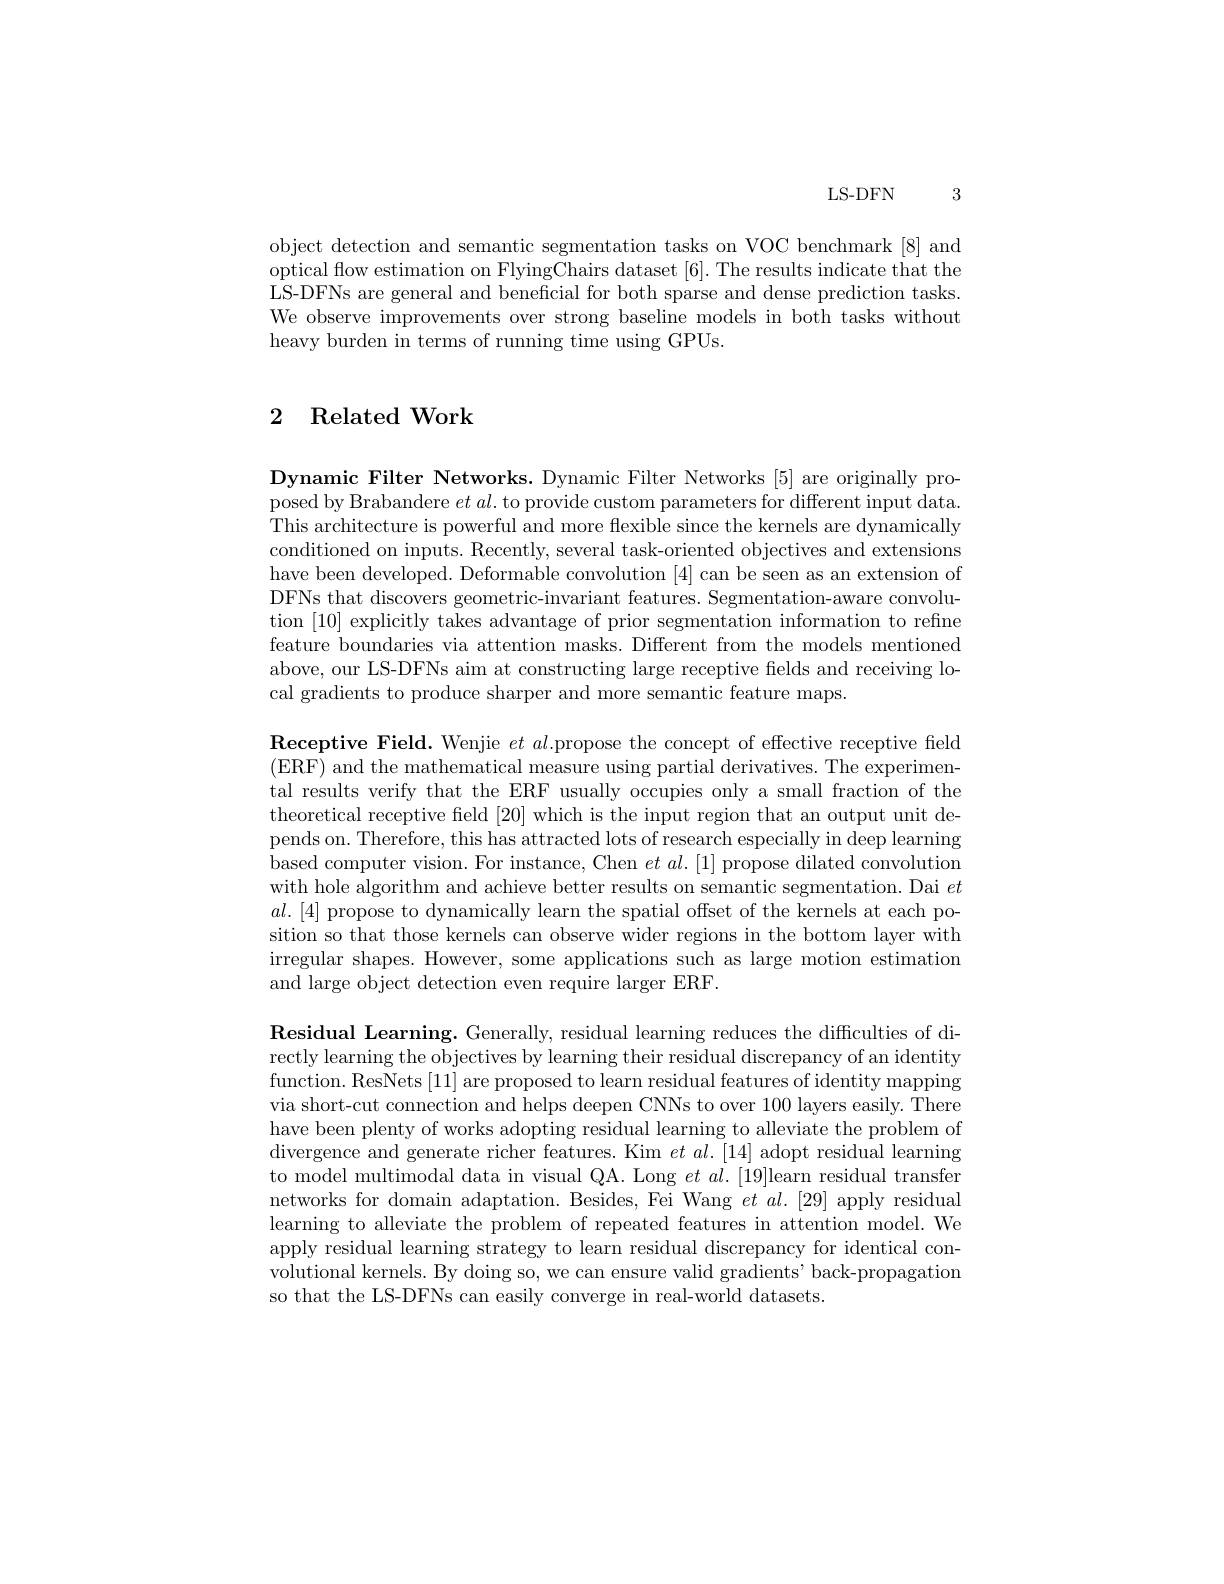
LS- DFN

3

object detection and semantic segmentation tasks on VOC benchmark [8] and optical flow estimation on FlyingChairs dataset [6]. The results indicate that the LS-DFNs are general and beneficial for both sparse and dense prediction tasks. We observe improvements over strong baseline models in both tasks without heavy burden in terms of running time using GPUs.

## 2 Related Work

Dynamic Filter Networks. Dynamic Filter Networks [5] are originally proposed by Brabandere $et\textit{al. to provide custom parameters for different input data. }$ This architecture is powerful and more flexible since the kernels are dynamically conditioned on inputs. Recently, several task-oriented objectives and extensions have been developed. Deformable convolution [4] can be seen as an extension of DFNs that discovers geometric-invariant features. Segmentation-aware convolution [10] explicitly takes advantage of prior segmentation information to refine feature boundaries via attention masks. Different from the models mentioned above, our LS-DFNs aim at constructing large receptive fields and receiving local gradients to produce sharper and more semantic feature maps.

Receptive Field. Wenjie $et\textit{al. propose the concept of effective receptive field}$ (ERF) and the mathematical measure using partial derivatives. The experimental results verify that the ERF usually occupies only a small fraction of the theoretical receptive field [20] which is the input region that an output unit depends on. Therefore, this has attracted lots of research especially in deep learning based computer vision. For instance, Chen $et\textit{al. [ 1] propose dilated convolution}$ with hole algorithm and achieve better results on semantic segmentation. Dai $et$ $al.[4]$ propose to dynamically learn the spatial offset of the kernels at each position so that those kernels can observe wider regions in the bottom layer with irregular shapes. However, some applications such as large motion estimation and large object detection even require larger ERF.

Residual Learning. Generally, residual learning reduces the difficulties of di- rectly learning the objectives by learning their residual discrepancy of an identity function. ResNets [11] are proposed to learn residual features of identity mapping via short-cut connection and helps deepen CNNs to over 100 layers easily. There have been plenty of works adopting residual learning to alleviate the problem of divergence and generate richer features. Kim $et\textit{al. [ 14] adopt residual learning}$ to model multimodal data in visual QA. Long $et\textit{al. [ 19] learn residual transfer}$ networks for domain adaptation. Besides, Fei Wang $etal.[29]$ apply residual learning to alleviate the problem of repeated features in attention model. We apply residual learning strategy to learn residual discrepancy for identical convolutional kernels. By doing so, we can ensure valid gradients' back-propagation so that the LS-DFNs can easily converge in real-world datasets.